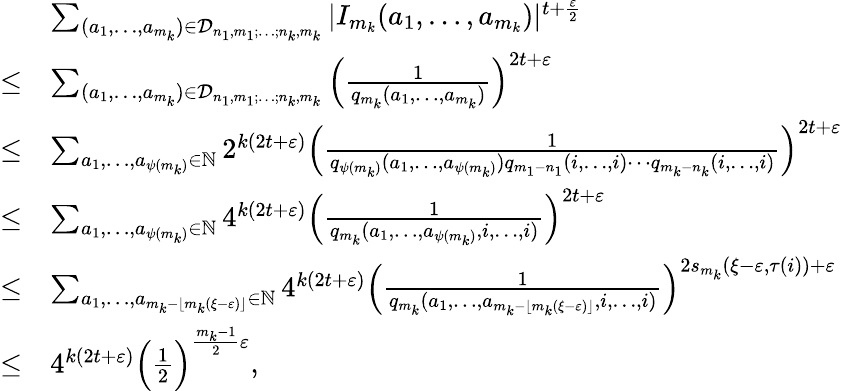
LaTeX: \begin{array}{rl}&{\sum_{(a_{1},\ldots,a_{m_{k}})\in{\mathcal{D}_{n_{1},m_{1};\ldots;n_{k},m_{k}}}}|I_{m_{k}}(a_{1},\ldots,a_{m_{k}})|^{t+\frac{\varepsilon}{2}}}\\ {\le}&{\sum_{(a_{1},\ldots,a_{m_{k}})\in{\mathcal{D}_{n_{1},m_{1};\ldots;n_{k},m_{k}}}}\Big(\frac{1}{q_{m_{k}}(a_{1},\ldots,a_{m_{k}})}\Big)^{2t+\varepsilon}}\\ {\leq}&{\sum_{a_{1},\ldots,a_{\psi(m_{k})}\in\mathbb{N}}2^{k(2t+\varepsilon)}\Big(\frac{1}{q_{\psi(m_{k})}(a_{1},\ldots,a_{\psi(m_{k})})q_{m_{1}-n_{1}}(i,\ldots,i)\cdots q_{m_{k}-n_{k}}(i,\ldots,i)}\Big)^{2t+\varepsilon}}\\ {\leq}&{\sum_{a_{1},\ldots,a_{\psi(m_{k})}\in\mathbb{N}}4^{k(2t+\varepsilon)}\Big(\frac{1}{q_{m_{k}}(a_{1},\ldots,a_{\psi(m_{k})},i,\ldots,i)}\Big)^{2t+\varepsilon}}\\ {\leq}&{\sum_{a_{1},\ldots,a_{m_{k}-\lfloor m_{k}(\xi-\varepsilon)\rfloor}\in\mathbb{N}}4^{k(2t+\varepsilon)}\Big(\frac{1}{q_{m_{k}}(a_{1},\ldots,a_{m_{k}-\lfloor m_{k}(\xi-\varepsilon)\rfloor},i,\ldots,i)}\Big)^{2s_{m_{k}}(\xi-\varepsilon,{\tau(i)})+\varepsilon}}\\ {\leq}&{4^{k(2t+\varepsilon)}\Big(\frac{1}{2}\Big)^{\frac{m_{k}-1}{2}\varepsilon},}\end{array}